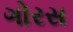
ગોરસ